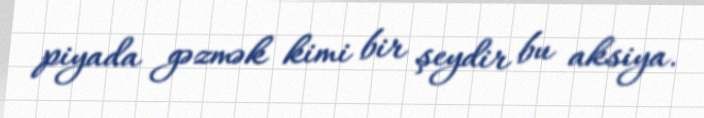
piyada gəzmək kimi bir şeydir bu aksiya.